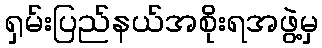
ရှမ်းပြည်နယ်အစိုးရအဖွဲ့မှ